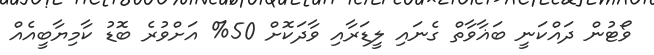
ވޯޓުން ދައްކަނީ ބަޣާވާތް ގެނައި ލީޑަރާއި ވާދަކޮށް 50% އަށްވުރެ ބޮޑު ކާމިޔާބީއެއް